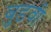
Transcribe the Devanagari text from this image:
बुडवी